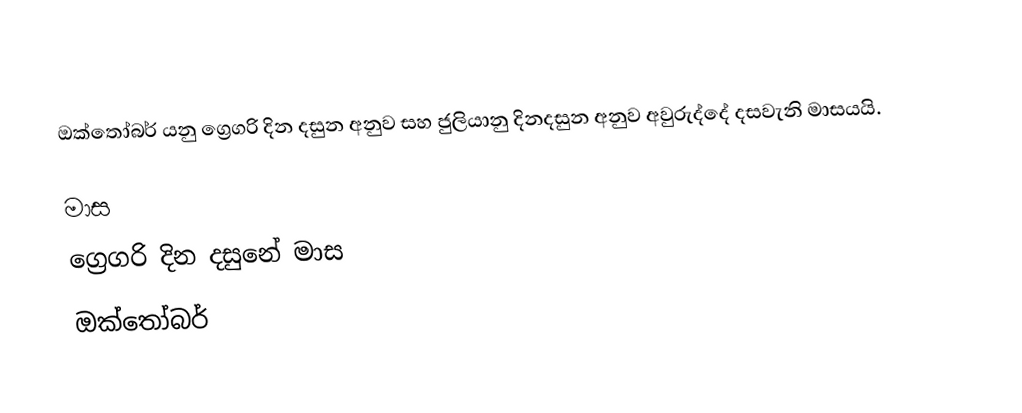
ඔක්තෝබර් යනු ග්‍රෙගරි දින දසුන අනුව සහ ජුලියානු දිනදසුන අනුව අවුරුද්දේ දසවැනි මාසයයි.

මාස
ග්‍රෙගරි දින දසුනේ මාස
ඔක්තෝබර්